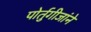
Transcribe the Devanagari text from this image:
पोर्तुगीजांने